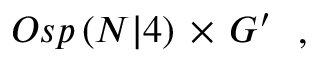
\begin{array} { c c c } { { O s p \left( N \vert 4 \right) \, \times \, G ^ { \prime } } } \end{array} \, ,